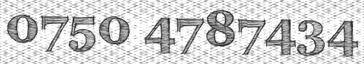
0750 4787434